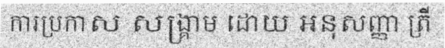
ការប្រកាស សង្គ្រាម ដោយ អនុសញ្ញា ត្រី